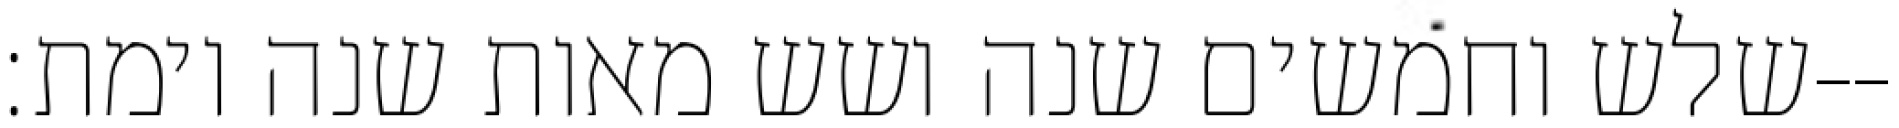
שלש וחמשים שנה ושש מאות שנה וימת׃--